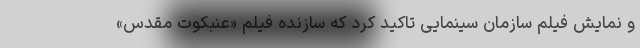
و نمایش فیلم سازمان سینمایی تاکید کرد که سازنده فیلم «عنبکوت مقدس»